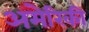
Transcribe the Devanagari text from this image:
अमेेरिकी